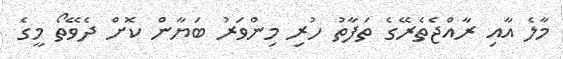
މާލެ އާއި ރާއްޖެތެރޭގެ ތަފާތު ހުރި މިންވަރު ބަޔާން ކޮށް ދެވޭތޯ މީގެ